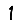
Digit: 1